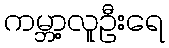
ကမ္ဘာ့လူဦးရေ